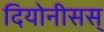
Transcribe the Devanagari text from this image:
दियोनीसस्